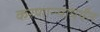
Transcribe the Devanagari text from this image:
करणाऱ्यापर्यंत